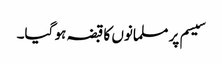
سیسم پر مسلمانوں کا قبضہ ہو گیا۔